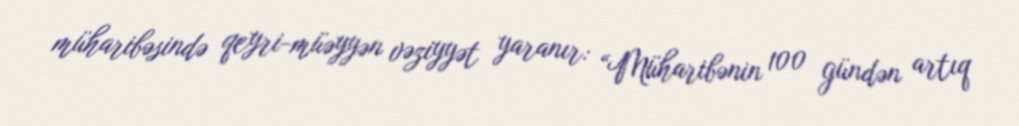
müharibəsində qeyri-müəyyən vəziyyət yaranır: “Müharibənin 100 gündən artıq